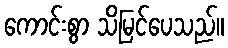
ကောင်းစွာ သိမြင်ပေသည်။